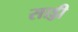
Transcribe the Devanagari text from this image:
साड्डी